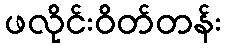
ဖလိုင်းဝိတ်တန်း